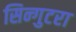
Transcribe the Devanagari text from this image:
सिन्गुटरा